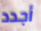
أجدد